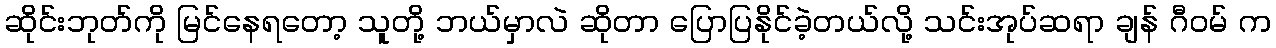
ဆိုင်းဘုတ်ကို မြင်နေရတော့ သူတို့ ဘယ်မှာလဲ ဆိုတာ ပြောပြနိုင်ခဲ့တယ်လို့ သင်းအုပ်ဆရာ ချန် ဂီဝမ် က